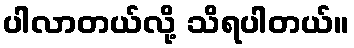
ပါလာတယ်လို့ သိရပါတယ်။